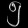
Digit: ၅